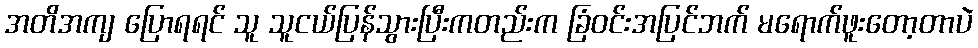
အတိအကျ ပြောရရင် သူ သူငယ်ပြန်သွားပြီးကတည်းက ခြံဝင်းအပြင်ဘက် မရောက်ဖူးတော့တာပဲ